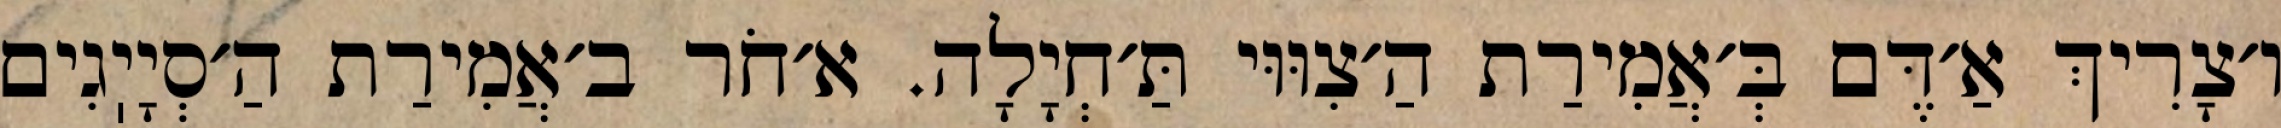
ו׳צָרִיךְ אַ׳דֶּם בְּ׳אֲמִירַת הַ׳צִוּוּי תַּ׳חְיָלָה. א׳חֹר ב׳אֲמִירַת הַ׳סְיָיֽגִים